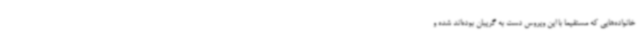
خانواده‌هایی که مستقیما با این ویروس دست به گریبان بوده‌اند شده و